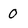
Character: 0